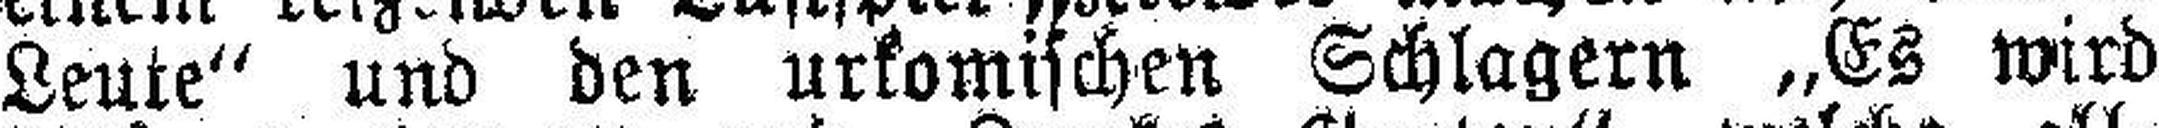
Leute“ und den urkomischen Schlagern „Es wird